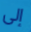
إلى